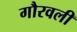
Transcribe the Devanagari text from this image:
गौरवली